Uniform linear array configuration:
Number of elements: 16
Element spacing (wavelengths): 1
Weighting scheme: exponential
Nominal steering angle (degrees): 45
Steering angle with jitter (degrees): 43.397
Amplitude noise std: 0.05
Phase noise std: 0.05

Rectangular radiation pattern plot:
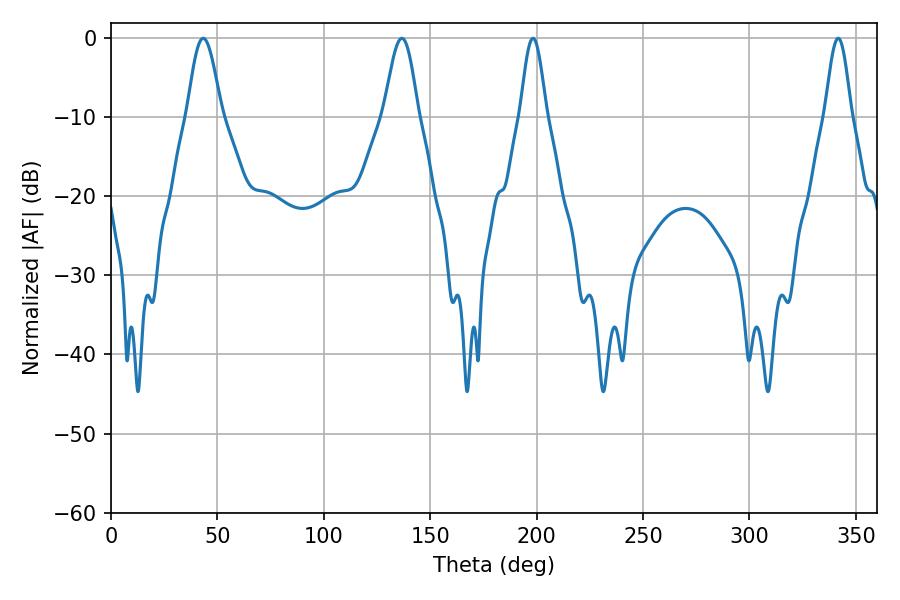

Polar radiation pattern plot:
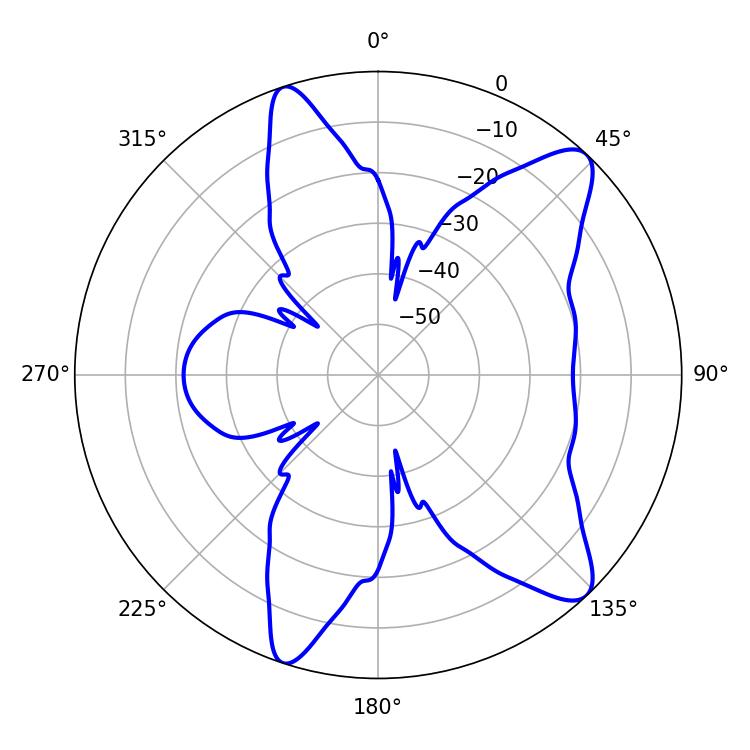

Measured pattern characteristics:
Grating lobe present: TRUE
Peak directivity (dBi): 10.777
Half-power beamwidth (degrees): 8.46
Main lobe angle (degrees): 43.38